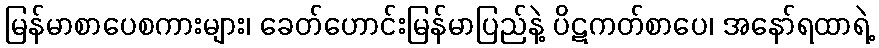
မြန်မာစာပေစကားများ၊ ခေတ်ဟောင်းမြန်မာပြည်နဲ့ ပိဋကတ်စာပေ၊ အနော်ရထာရဲ့